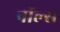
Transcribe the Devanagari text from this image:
नॉल्स